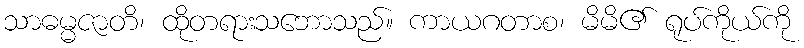
သာဓမ္မဇာတိ၊ ထိုတရားသဘောသည်။ ကာယဂတာစ၊ မိမိ၏ ရုပ်ကိုယ်ကို